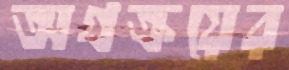
অগ্রক্রয়ের